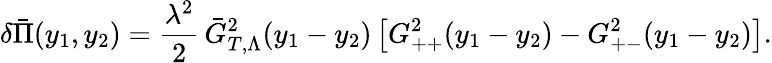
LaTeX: \delta\bar{\Pi}(y_{1},y_{2})=\frac{\lambda^{2}}2\, \bar{G}_{T,\Lambda}^{2}(y_{1}-y_{2})\left[G_{++}^{2}(y_{1}-y_{2})-G_{+-}^{2}(y_{1}-y_{2})\right].